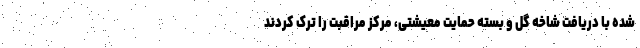
شده با دریافت شاخه گل و بسته حمایت معیشتی، مرکز مراقبت را ترک کردند